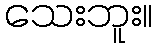
သေးဘူး။